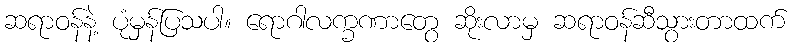
ဆရာဝန်နဲ့ ပုံမှန်ပြသပါ။ ရောဂါလက္ခဏာတွေ ဆိုးလာမှ ဆရာဝန်ဆီသွားတာထက်